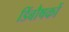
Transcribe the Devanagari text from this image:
डिंबौषकों